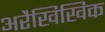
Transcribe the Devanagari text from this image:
अरैखिखिक